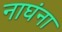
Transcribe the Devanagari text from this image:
नाघंना